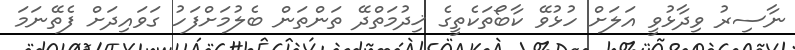
ނާސިރު ވިދާޅުވީ އަލަށް ހުޅުވޭ ކާބޯތަކެތީގެ ޚިދުމަތްދޭ ތަންތަން ބެލުމަށްފަހު ގަވައިދަށް ފެތޭނަމަ